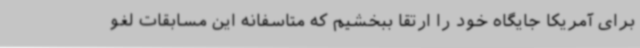
برای آمریکا جایگاه خود را ارتقا ببخشیم که متاسفانه این مسابقات لغو